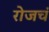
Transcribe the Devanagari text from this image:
रोजचं